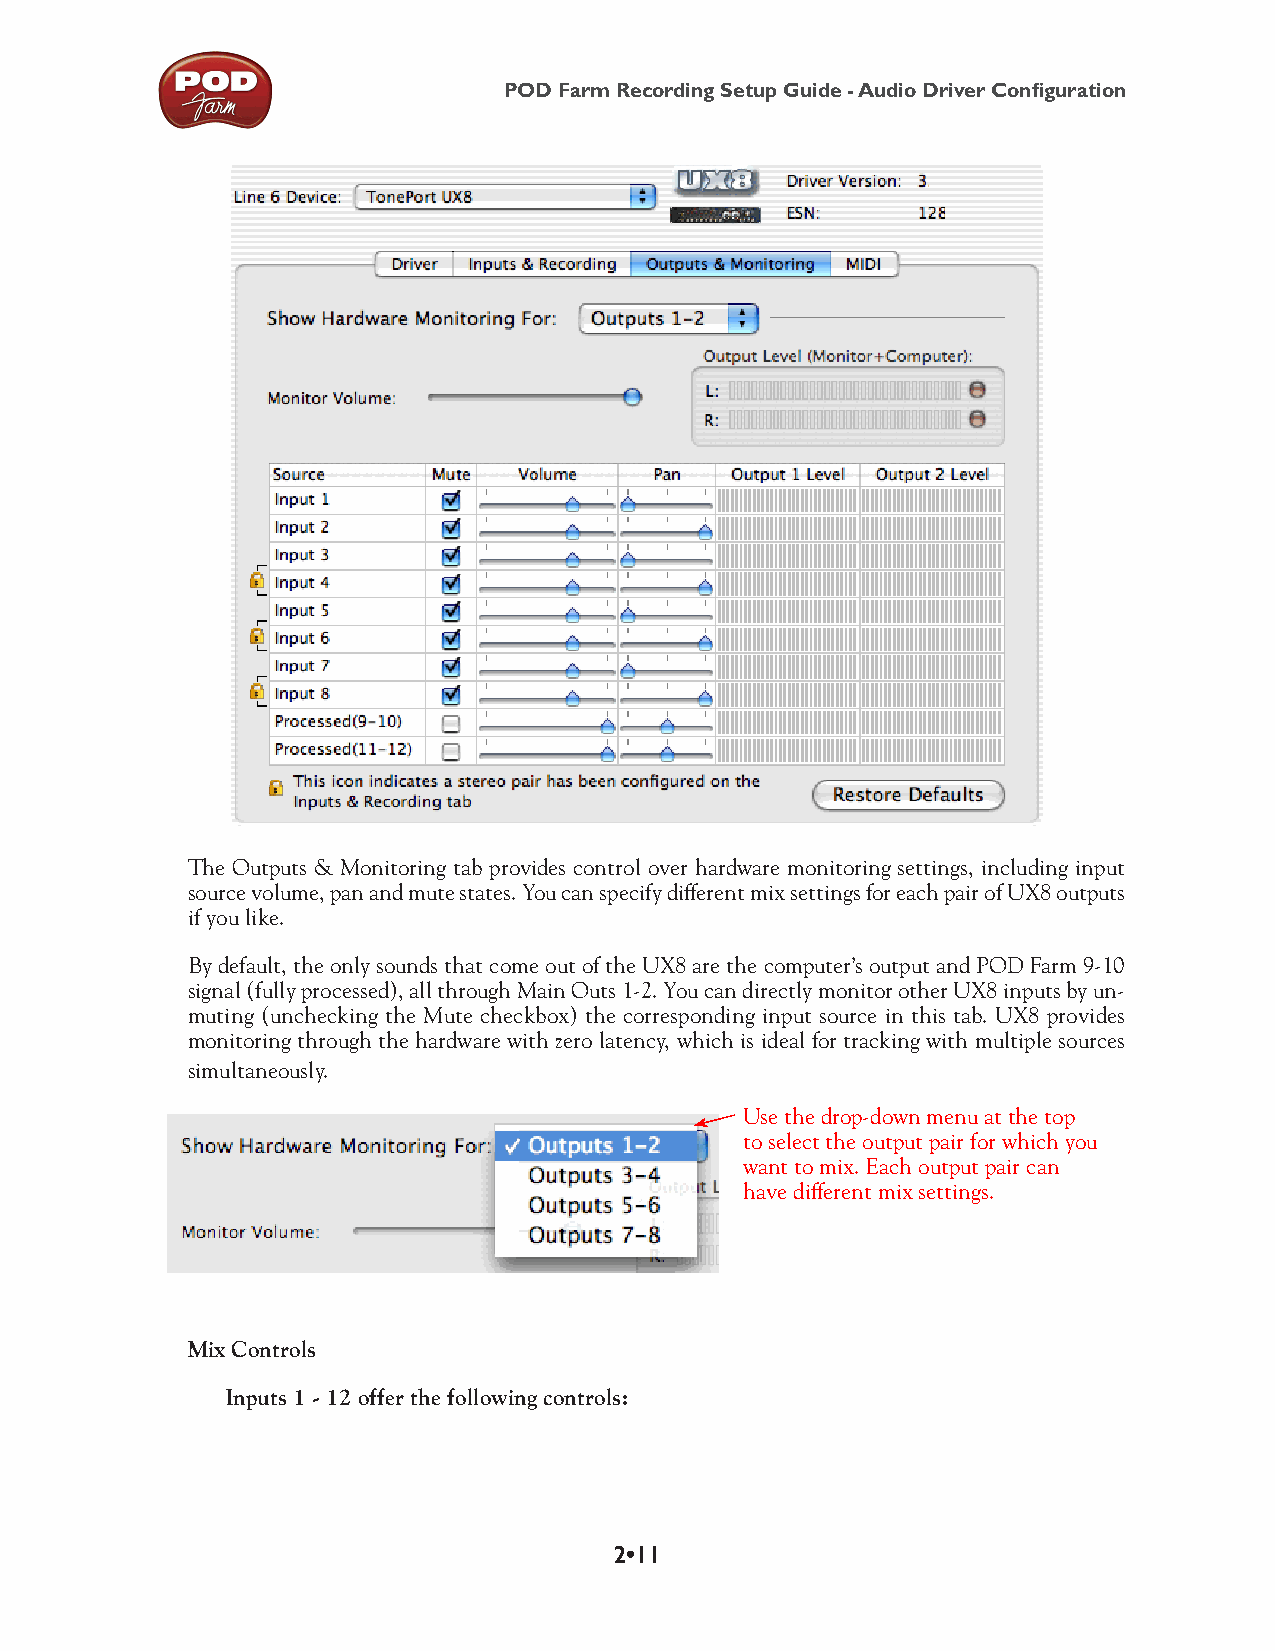
POD Farm Recording Setup Guide - Audio Driver Configuration
 The Outputs & Monitoring tab provides control over hardware monitoring settings, including input
 source volume, pan and mute states. You can specify different mix settings for each pair of UX8 outputs
 if you like.
 By default, the only sounds that come out of the UX8 are the computer’s output and POD Farm 9-10
 signal (fully processed), all through Main Outs 1-2. You can directly monitor other UX8 inputs by un-
 muting (unchecking the Mute checkbox) the corresponding input source in this tab. UX8 provides
 monitoring through the hardware with zero latency, which is ideal for tracking with multiple sources
 simultaneously.
 Use the drop-down menu at the top
 to select the output pair for which you
 want to mix. Each output pair can
 have different mix settings.
 Mix Controls
 Inputs 1 - 12 offer the following controls:
 2•11